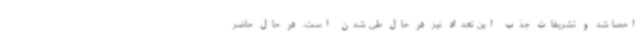
احصا شد و تشریفات جذب این تعداد نیز در حال طی شدن است. در حال حاضر